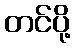
တင်ပို့